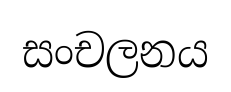
සංචලනය